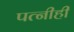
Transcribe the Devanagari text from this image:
पत्‍नीही